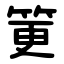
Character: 筻